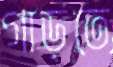
গাড়তে